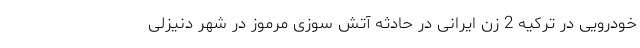
خودرویی در ترکیه 2 زن ایرانی در حادثه آتش سوزی مرموز در شهر دنیزلی